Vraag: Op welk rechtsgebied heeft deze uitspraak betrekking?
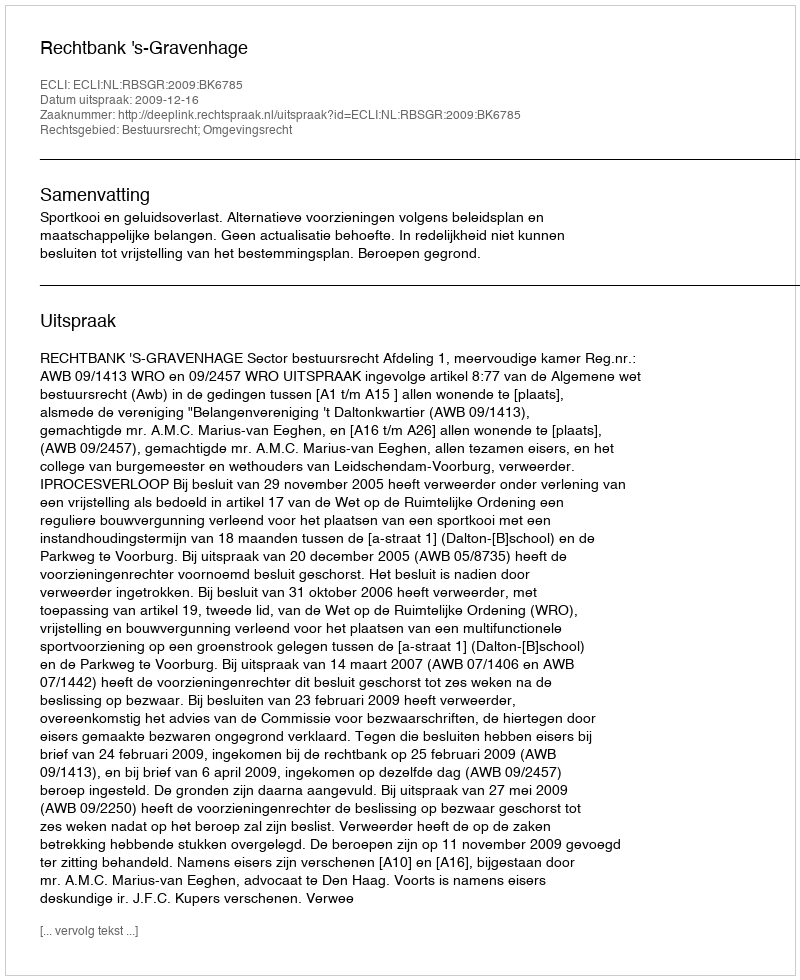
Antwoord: Bestuursrecht; Omgevingsrecht